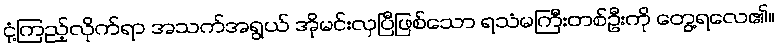
ငုံ့ကြည့်လိုက်ရာ အသက်အရွယ် အိုမင်းလှပြီဖြစ်သော ရသံမကြီးတစ်ဦးကို တွေ့ရလေ၏။